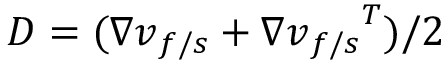
\boldsymbol { D } = ( \nabla \boldsymbol { v } _ { f / s } + { \nabla \boldsymbol { v } _ { f / s } } ^ { T } ) / 2